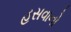
હસવાનો